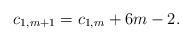
\begin{align*} c_{1,m+1}=c_{1,m}+6m-2.\end{align*}